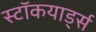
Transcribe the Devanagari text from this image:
स्टॉकयार्ड्स